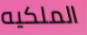
الملكيه